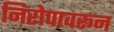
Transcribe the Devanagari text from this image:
निरोपावरून